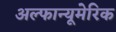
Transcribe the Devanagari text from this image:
अल्फान्यूमेरिक